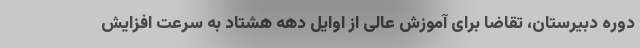
دوره دبیرستان، تقاضا برای آموزش عالی از اوایل دهه هشتاد به سرعت افزایش